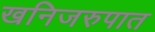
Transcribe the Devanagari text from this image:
खनिजरुपात